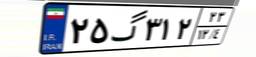
۲۵گ۳۱۲۲۳